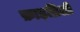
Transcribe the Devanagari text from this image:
फ़ाइब्रिली